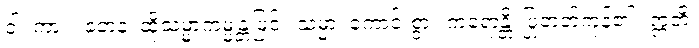
ဝါ၊ ကား။ တေန၊ ထိုသမ္မာကမ္မန္တဖြင့်။ သမ္မာ၊ ကောင်းစွာ။ ကရောန္တိ၊ ပြုတတ်ကုန်၏။ ဣတိ၊